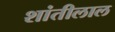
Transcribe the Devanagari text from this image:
शांतीलाल